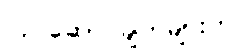
လုပ်ဆောင်ချက်များက